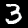
Label: 3